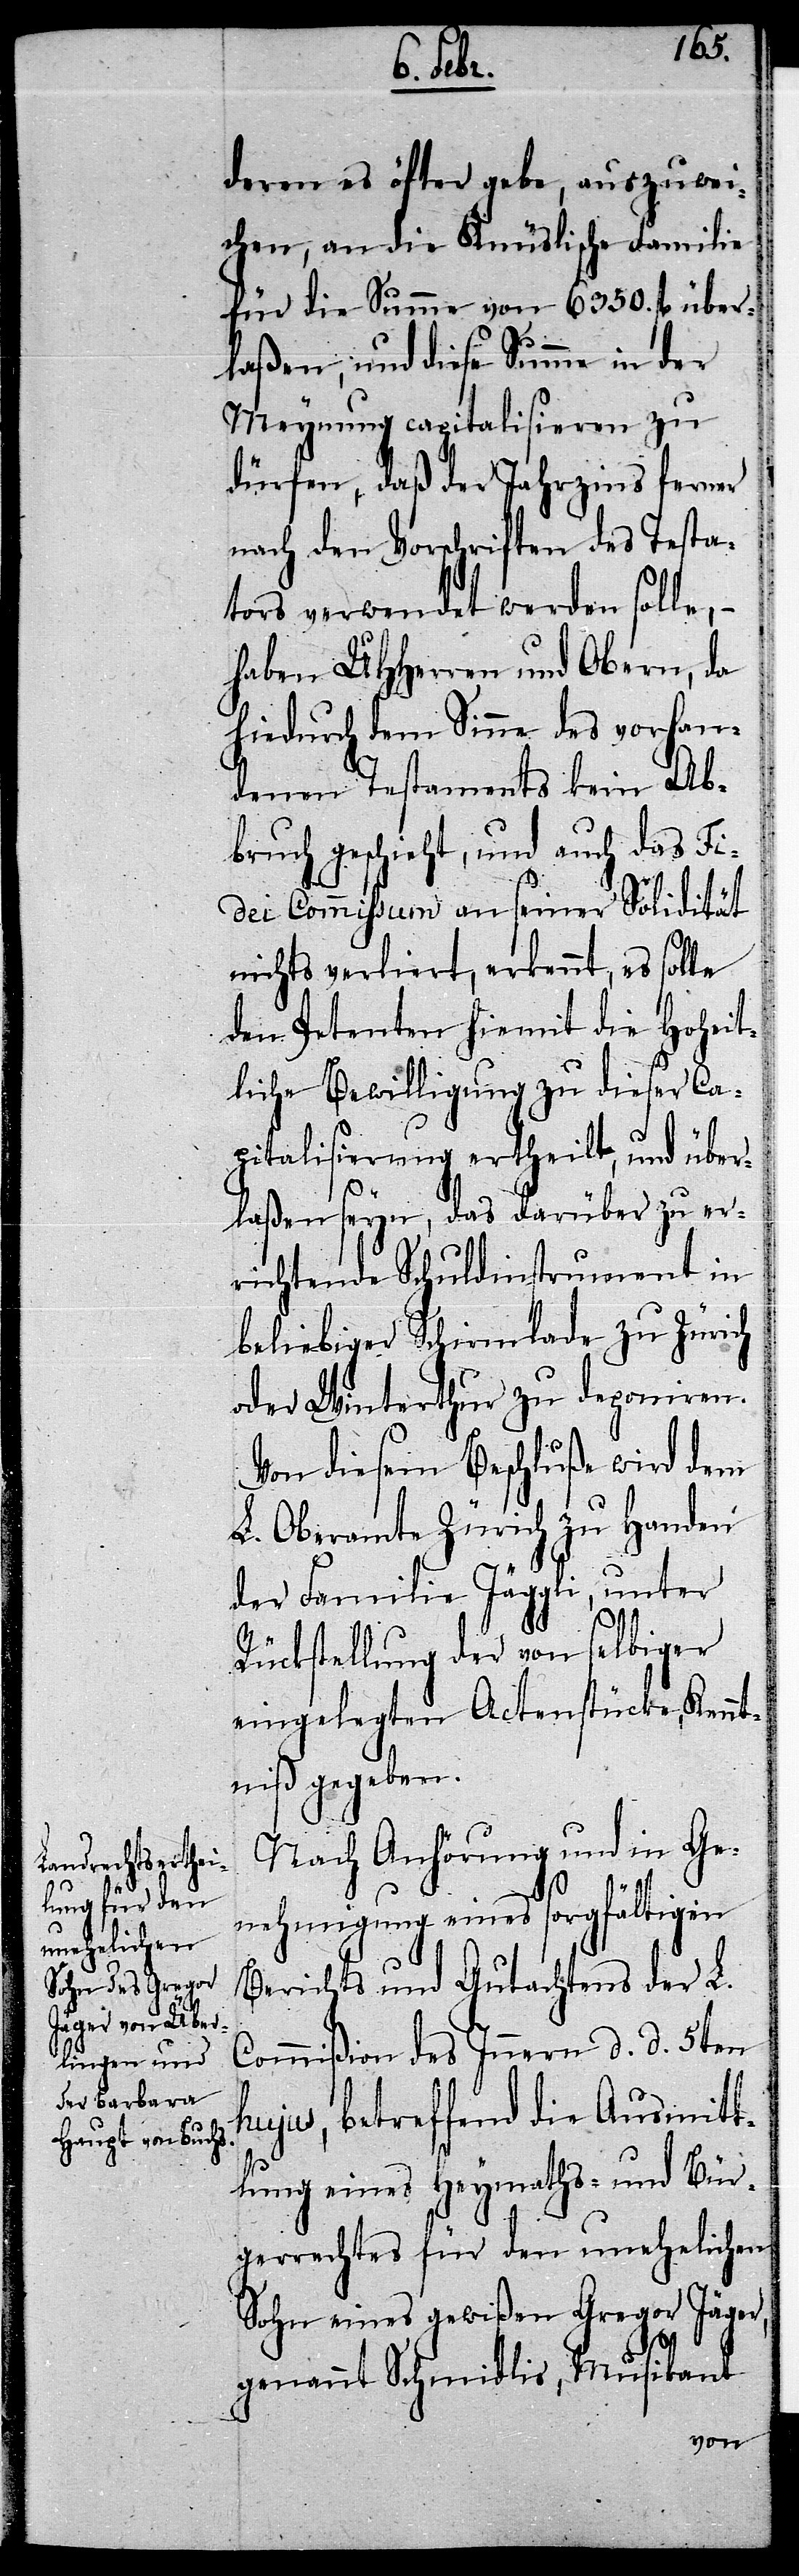
deren es öfter gebe, auszuwei¬
chen, an die Knüslische Familie
für die Summe von 6350. fl. über¬
laßen, und diese Summe in der
Meynung capitalisieren zu
dürfen, daß der Jahrzins ferner
nach den Vorschriften des Testa¬
tors verwendet werden solle, –
haben UHHerren und Obern, da
hiedurch dem Sinne des vorhan¬
denen Testaments kein Ab¬
bruch geschieht, und auch das Fi¬
dei Commissum an seiner Solidität
nichts verliert, erkennt, es solle
den Petenten hiemit die Hoheit¬
liche Bewilligung zu dieser Ca¬
pitalisierung ertheilt, und über¬
laßen seyn, das darüber zu er¬
richtende Schuldinstrument in
beliebiger Schirmlade zu Zürich
oder Winterthur zu deponiren.
Von diesem Beschluße wird dem
L. Oberamte Zürich zu Handen
der Familie Jäggli, unter
Rückstellung der von selbiger
eingelegten Actenstücke, Kennt¬
niß gegeben.
Nach Anhörung und in Ge¬
nehmigung eines sorgfältigen
Berichts und Gutachtens der L.
Commißion des Innern d. d. 5ten
hujus, betreffend die Ausmitt¬
lung eines Heymaths- und Bür¬
gerrechtes für den unehelichen
Sohn eines gewißen Gregor Jäger,
genannt Schmidlis, Musikant